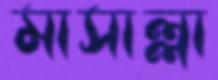
মাসাল্লা